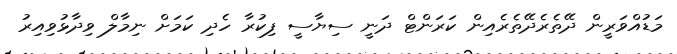
މަޑުއްވަރީން ދޭތެރެދޭތެރެއިން ކަރަންޓް ދަނީ ސިޔާސީ ފިކުރާ ހެދި ކަމަށް ނިމާލް ވިދާޅުވިއިރު